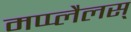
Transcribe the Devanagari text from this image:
मप्प्लैलस्